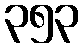
၃၅၃